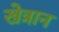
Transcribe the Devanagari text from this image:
खेत्रान